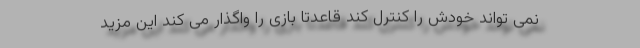
نمی تواند خودش را کنترل کند قاعدتا بازی را واگذار می کند این مزید